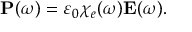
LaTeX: \mathbf { P } ( \omega ) = \varepsilon _ { 0 } \chi _ { e } ( \omega ) \mathbf { E } ( \omega ) .